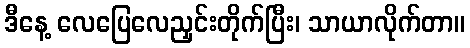
ဒီနေ့ လေပြေလေညှင်းတိုက်ပြီး၊ သာယာလိုက်တာ။